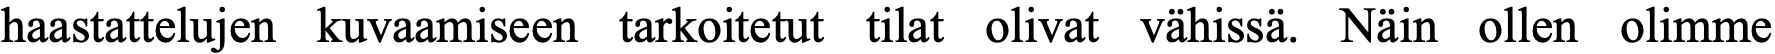
haastattelujen kuvaamiseen tarkoitetut tilat olivat vähissä. Näin ollen olimme